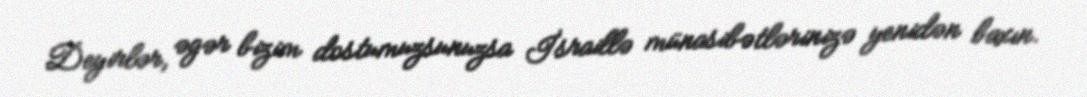
Deyirlər, əgər bizim dostumuzsunuzsa İsraillə münasibətlərinizə yenidən baxın.